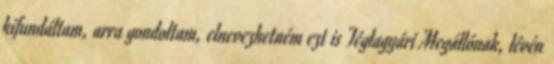
kifundáltam, arra gondoltam, elnevezhetném ezt is Téglagyári Megállónak, lévén